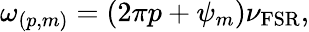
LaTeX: \omega_{(p,m)}=(2\pi p+\psi_{m})\nu_{\mathrm{FSR}},